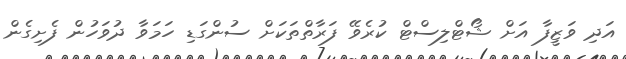
އަދި ވަޒީފާ އަށް ޝޯޓްލިސްޓް ކުރެވޭ ފަރާތްތަކަށް ސުންގަޑި ހަމަވާ ދުވަހުން ފެށިގެން